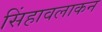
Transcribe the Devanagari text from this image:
सिंहावलाकन